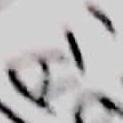
Text: RY1